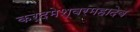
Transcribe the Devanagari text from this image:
कर्दमेश्वरमहादेव